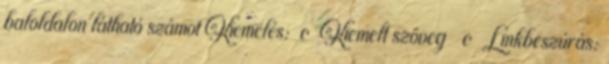
baloldalon látható számot Kiemelés: c Kiemelt szöveg c Linkbeszúrás: